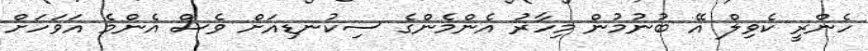
ހެންރީ ކެވިލް އޭ ބުނުމުން މިހާރު އެންމެންގެ ސިކުނޑިއަށް ވެސް އެންމެ އަވަހަށް